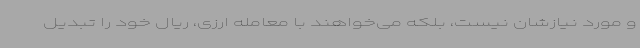
و مورد نیازشان نیست، بلکه می‌خواهند با معامله ارزی، ریال خود را تبدیل